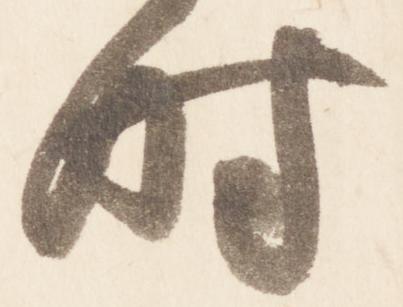
時